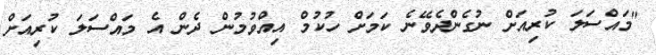
"މައްސަލަ ކުރިއަށް ނުގެންދެވޭނެ ކަމަށް ހުކުމް އިއްވުމުން ދެން އެ މައްސަލަ ކުރިއަށް